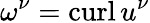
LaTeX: \omega^{\nu}=\operatorname{curl}u^{\nu}